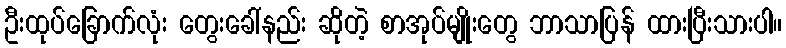
ဦးထုပ်ခြောက်လုံး တွေးခေါ်နည်း ဆိုတဲ့ စာအုပ်မျိုးတွေ ဘာသာပြန် ထားပြီးသားပါ။